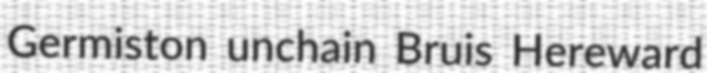
Germiston unchain Bruis Hereward